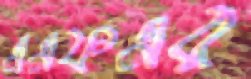
এএফএর